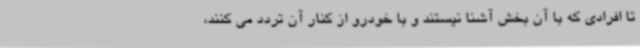
تا افرادی که با آن بخش آشنا نیستند و با خودرو از کنار آن تردد می کنند،